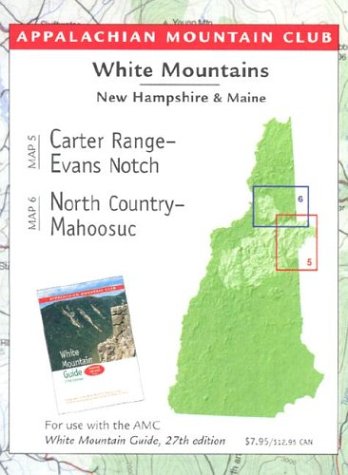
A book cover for Carter Range-Evans Notch/North Country-Mahoosuc: White Mountain Guide Book; Appalachian Mountain Club Books; Travel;